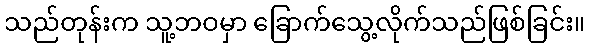
သည်တုန်းက သူ့ဘဝမှာ ခြောက်သွေ့လိုက်သည်ဖြစ်ခြင်း။